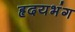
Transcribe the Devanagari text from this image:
हृदयभंग